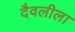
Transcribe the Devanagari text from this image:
दैवलीला